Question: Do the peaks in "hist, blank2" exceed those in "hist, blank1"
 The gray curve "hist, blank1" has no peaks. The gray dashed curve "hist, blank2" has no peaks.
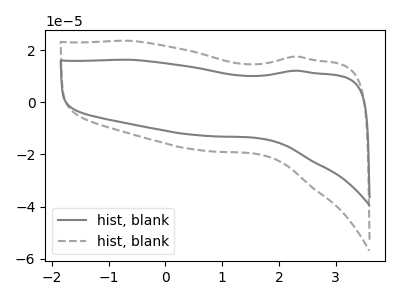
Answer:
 <answer>Niether CV has any peaks.</answer>
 <eval>blanks</eval>